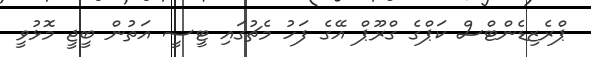
ޕްރެޒިޑެންޓްސް ކަޕްގެ ގްރޫޕް އޭގެ ފަހު މެޗުގައި ޓީސީ އަތުން ބީޖީ މޮޅުވީ